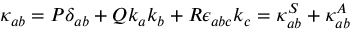
\kappa _ { a b } = P \delta _ { a b } + Q k _ { a } k _ { b } + R \epsilon _ { a b c } k _ { c } = \kappa _ { a b } ^ { S } + \kappa _ { a b } ^ { A }